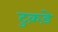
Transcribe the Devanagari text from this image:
टुक़ड़े